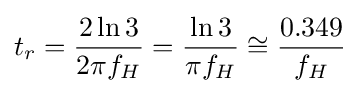
t_{r}={\frac {2\ln 3}{2\pi f_{H}}}={\frac {\ln 3}{\pi f_{H}}}\cong {\frac {0.349}{f_{H}}}